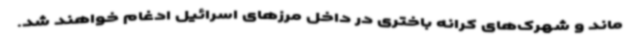
ماند و شهرک‌های کرانه باختری در داخل مرزهای اسرائیل ادغام خواهند شد.